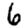
Digit: 6